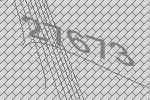
27673